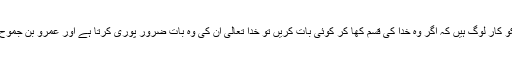
تم میں سے بعض ایسے نیکو کار لوگ ہیں کہ اگر وہ خدا کی قسم کھا کر کوئی بات کریں تو خدا تعالیٰ ان کی وہ بات ضرور پوری کرتا ہے اور عَمرِو بِن جَمُوح بھی ان میں سے ایک ہیں ۔